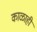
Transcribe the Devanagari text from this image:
काळाही